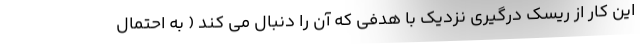
این کار از ریسک درگیری نزدیک با هدفی که آن را دنبال می کند ( به احتمال